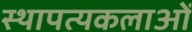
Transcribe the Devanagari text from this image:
स्थापत्यकलाओं